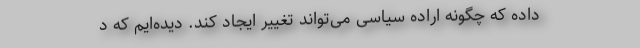
داده که چگونه اراده سیاسی می‌تواند تغییر ایجاد کند. دیده‌ایم که د